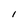
Character: l